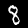
Digit: 8